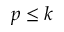
p \leq k